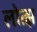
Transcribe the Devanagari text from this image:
लोत्झ